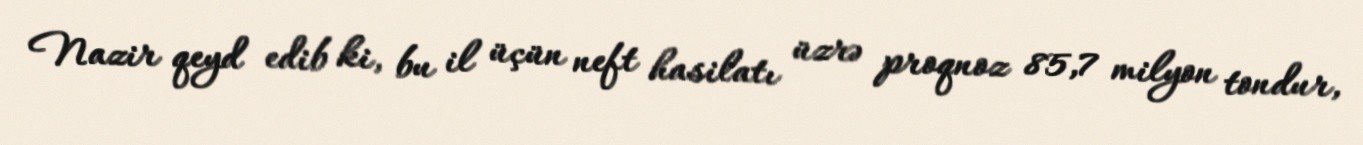
Nazir qeyd edib ki, bu il üçün neft hasilatı üzrə proqnoz 85,7 milyon tondur,